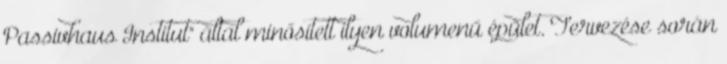
Passivhaus Institut" által minősített ilyen volumenű épület. Tervezése során